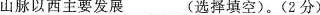
山脉以西主要发展___(选择填空)。(2分)